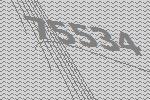
75534